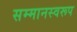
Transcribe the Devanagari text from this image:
सम्‍मानस्‍वरूप